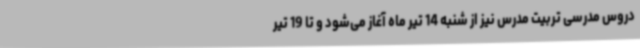
دروس مدرسی تربیت مدرس نیز از شنبه 14 تیر ماه آغاز می‌شود و تا 19 تیر